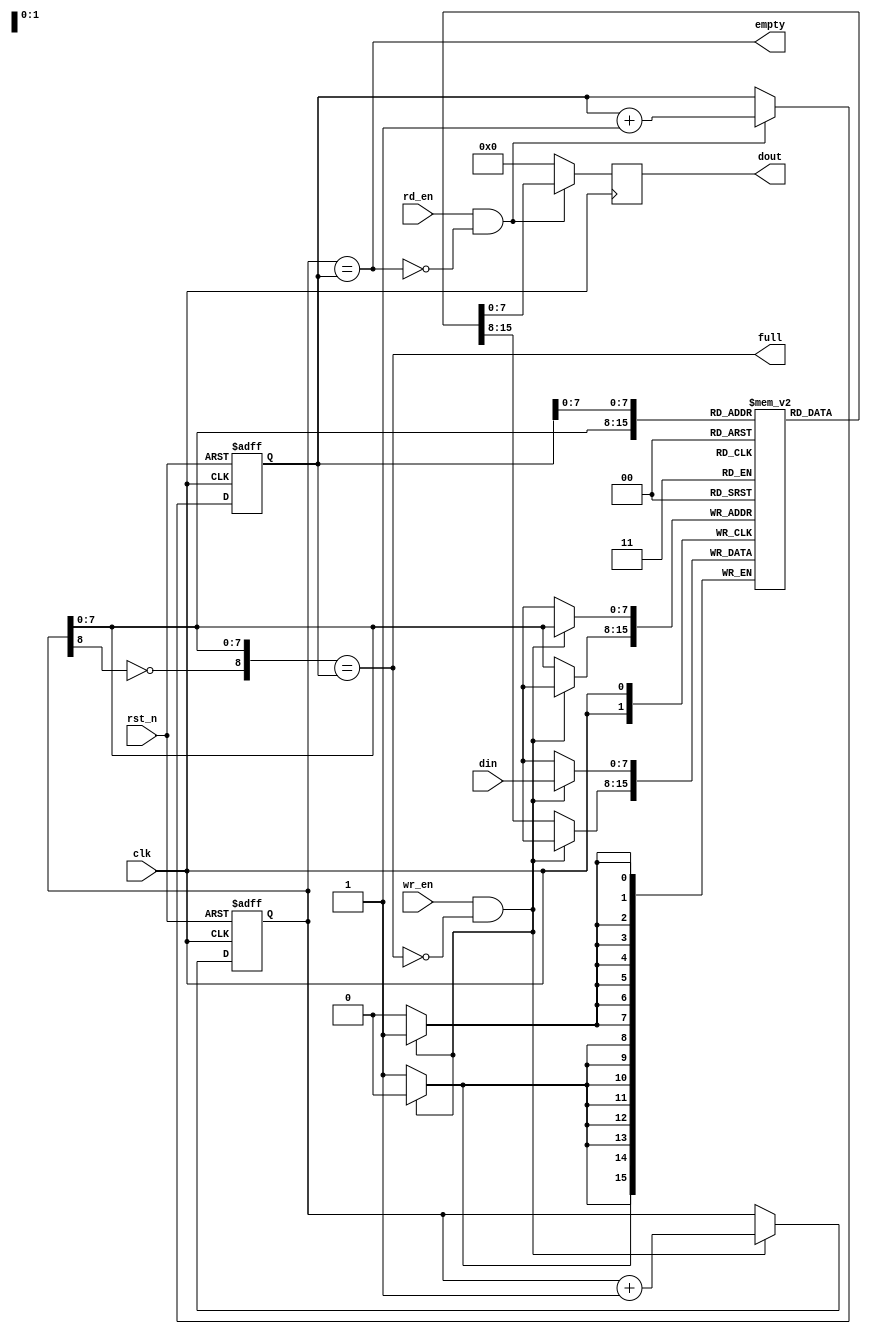

// //**********************************************
// //COPYRIGHT(c)2021, Xidian University
// //All rights reserved.
// //
// //File name     : sync_fifo.v
// //Module name   : sync_fifo	
// //Full name     :
// //Author 		: Xu Mingwei
// //Email 		: xumingweiaa@qq.com
// //
// //Version 		:
// //This File is  Created on 2021-06-22 22:30:56
// //------------------Discription-----------------
// //
// //----------------------------------------------
// //-------------Modification history-------------
// //Last Modified by 	: xumingwei
// //Last Modified time: 2021-06-22 22:53:03
// //Discription 	:
// //----------------------------------------------
// //TIMESCALE
// `timescale 1ns/1ns
// //DEFINES
// //`include ".v"
// //----------------------------------------------

module sync_fifo #(
		parameter		WIDTH = 8	,	// data width
		parameter		ADDR  = 8		// address width
	)
	(
	input					  clk	,	// sync clock
	input					  rst_n	,	// async reset(low)

	input		[WIDTH-1:0]	  din	,	// input data
	input					  wr_en	,	// write enable
	output	wire			  full  ,	// write full symbol

	output	reg	[WIDTH-1:0]	  dout	,	// output data
	input					  rd_en ,	// read enable
	output	wire			  empty 	// read empty symbol
);


localparam		DEPTH = 1 << ADDR;


wire	[ADDR-1:0]	wr_addr	  		;	// DPRAM 
wire	[ADDR-1:0]	rd_addr	  		;	// DPRAM 
reg		[ADDR:0]	wr_addr_ptr	  	;	// FIFO 
reg		[ADDR:0]	rd_addr_ptr	  	;	// FIFO 

reg		[WIDTH-1:0]	DPRAM [DEPTH-1:0];	// DPRAM


// DPRAM 
always @(posedge clk) begin
	if ( wr_en && !full ) begin
		DPRAM[wr_addr] <= din;
		$display("================== %h =====================",DPRAM[wr_addr]);
	end
	else begin
		DPRAM[wr_addr] <= DPRAM[wr_addr];
	end
end


// DPRAM 
always @(posedge clk) begin
	if ( rd_en && !empty ) begin
		dout <= DPRAM[rd_addr];
	end
	else begin
		dout <= 'd0;
	end
end


// FIFO 
always @(posedge clk or negedge rst_n) begin
	if ( rst_n == 1'b0 ) begin
		wr_addr_ptr <='d0;
	end
	else if( wr_en && !full ) begin
		wr_addr_ptr <= wr_addr_ptr + 1'b1;
	end
	else begin
		wr_addr_ptr <= wr_addr_ptr;
	end
end


// FIFO 
always @(posedge clk or negedge rst_n) begin
	if ( rst_n == 1'b0 ) begin
		rd_addr_ptr <='d0;
	end
	else if( rd_en && !empty ) begin
		rd_addr_ptr <= rd_addr_ptr + 1'b1;
	end
	else begin
		rd_addr_ptr <= rd_addr_ptr;
	end
end


assign wr_addr = wr_addr_ptr[ADDR-1:0];
assign rd_addr = rd_addr_ptr[ADDR-1:0];
assign full = { ~wr_addr_ptr[ADDR], wr_addr_ptr[ADDR-1:0] } == rd_addr_ptr;
assign empty = wr_addr_ptr == rd_addr_ptr;

endmodule